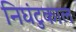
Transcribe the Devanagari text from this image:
निघंटुकाल